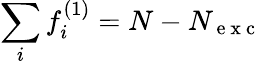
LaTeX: \sum_{i}f_{i}^{(1)}=N-N_{\mathrm{~e~x~c~}}